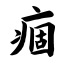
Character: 痼